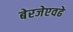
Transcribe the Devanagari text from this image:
बेरजेएवढे